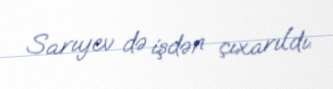
Sarıyev də işdən çıxarıldı.